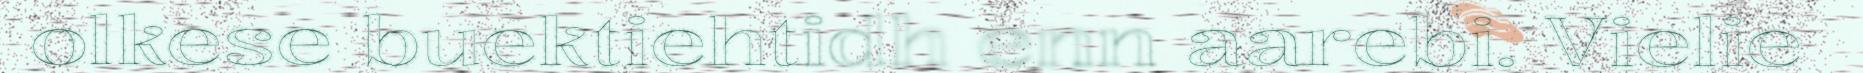
olkese buektiehtidh enn aarebi. Vielie